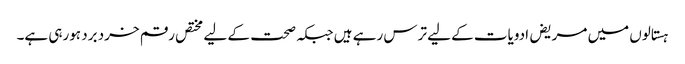
ہستالوں میں مریض ادویات کے لیے ترس رہے ہیں جبکہ صحت کے لیے مختص رقم خرد برد ہورہی ہے۔